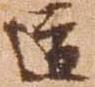
道